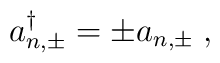
a_{n,\pm}^\dagger = \pm a_{n,\pm} {\; ,}